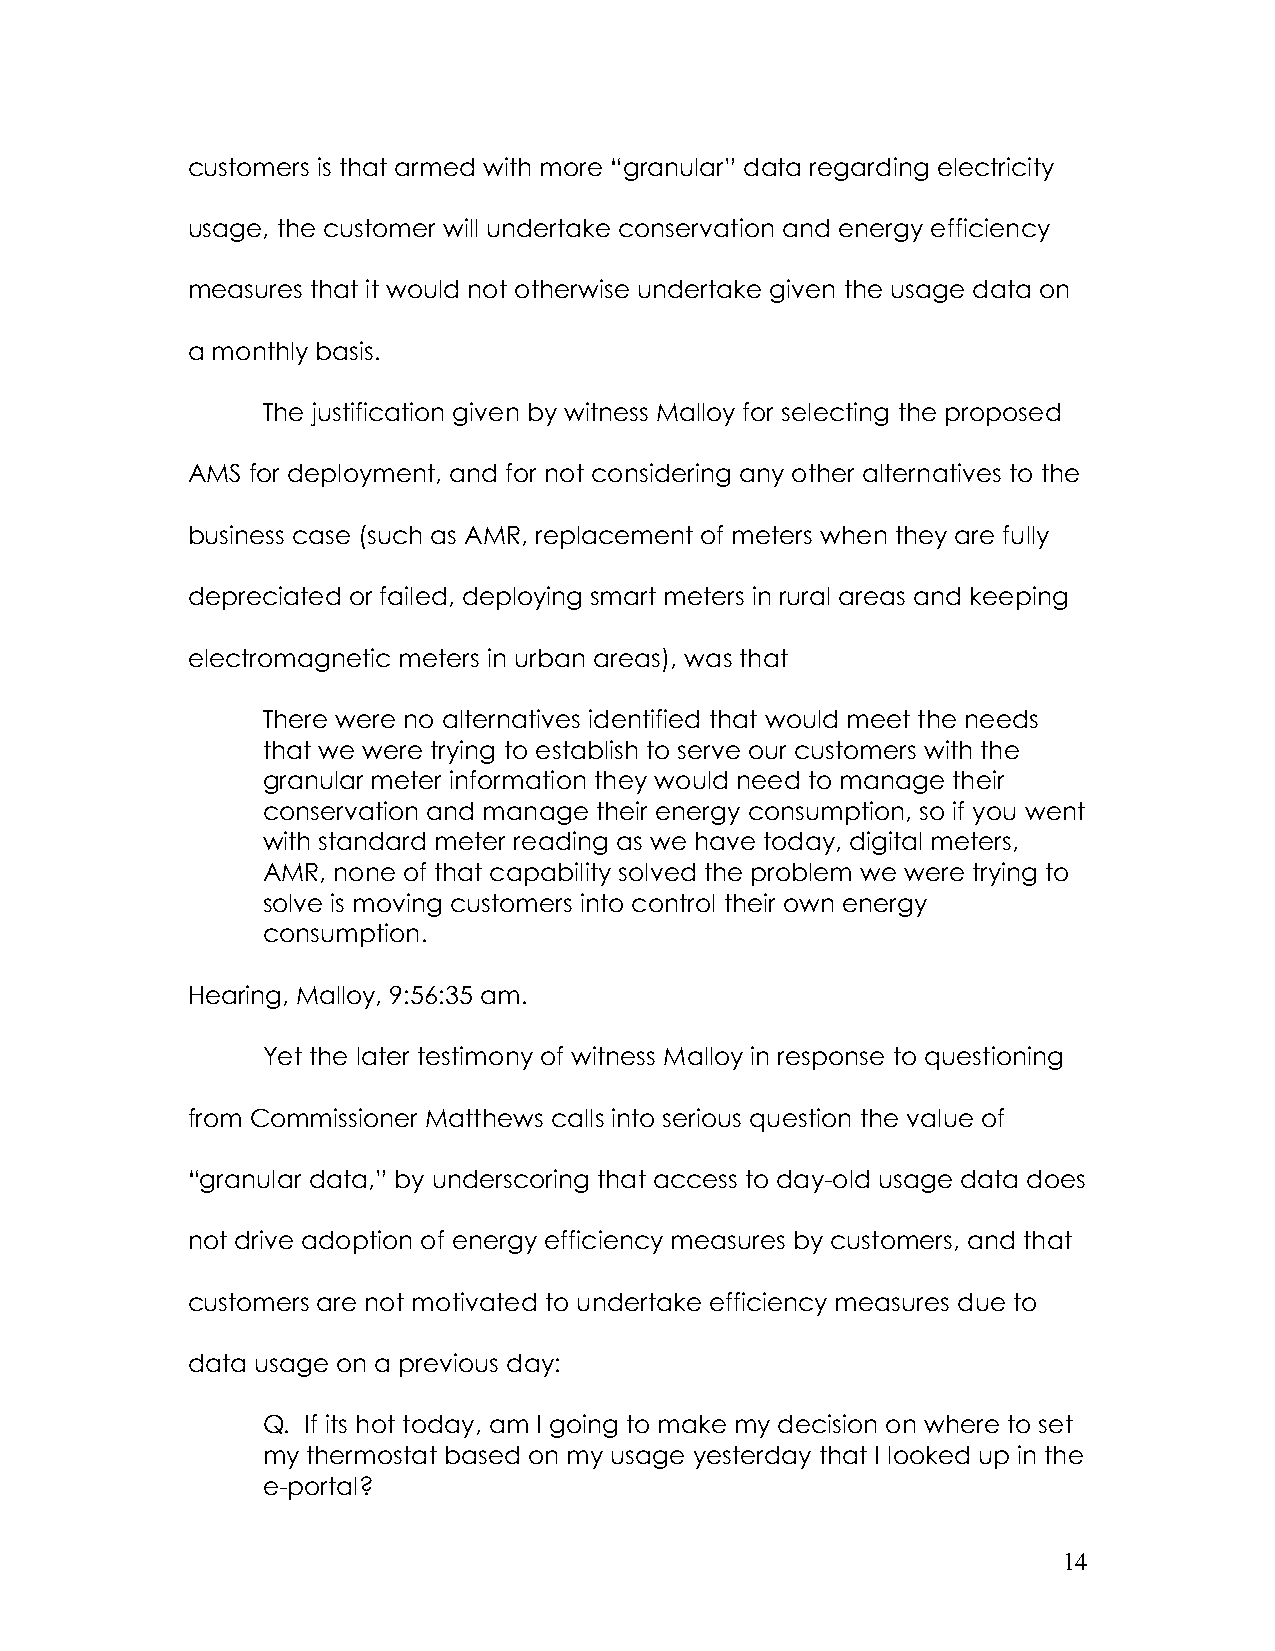
customers is that armed with more “granular” data regarding electricity
 usage, the customer will undertake conservation and energy efficiency
 measures that it would not otherwise undertake given the usage data on
 a monthly basis.
 The justification given by witness Malloy for selecting the proposed
 AMS for deployment, and for not considering any other alternatives to the
 business case (such as AMR, replacement of meters when they are fully
 depreciated or failed, deploying smart meters in rural areas and keeping
 electromagnetic meters in urban areas), was that
 There were no alternatives identified that would meet the needs
 that we were trying to establish to serve our customers with the
 granular meter information they would need to manage their
 conservation and manage their energy consumption, so if you went
 with standard meter reading as we have today, digital meters,
 AMR, none of that capability solved the problem we were trying to
 solve is moving customers into control their own energy
 consumption.
 Hearing, Malloy, 9:56:35 am.
 Yet the later testimony of witness Malloy in response to questioning
 from Commissioner Matthews calls into serious question the value of
 “granular data,” by underscoring that access to day-old usage data does
 not drive adoption of energy efficiency measures by customers, and that
 customers are not motivated to undertake efficiency measures due to
 data usage on a previous day:
 Q. If its hot today, am I going to make my decision on where to set
 my thermostat based on my usage yesterday that I looked up in the
 e-portal?
 14